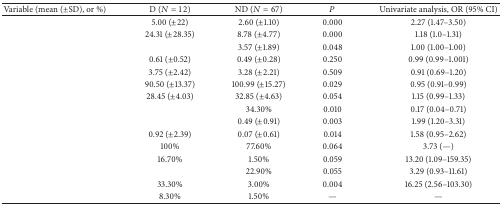
<table><thead><tr><td><b>Variable (mean (±SD), or %)</b></td><td><b>D (<i>N</i> = 12)</b></td><td><b>ND (<i>N</i> = 67)</b></td><td><b><i>P</i></b></td><td><b>Univariate analysis, OR (95% CI)</b></td></tr></thead><tbody><tr><td>[EMPTY_CELL]</td><td>5.00 (±22)</td><td>2.60 (±1.10)</td><td>0.000</td><td>2.27 (1.47–3.50)</td></tr><tr><td>[EMPTY_CELL]</td><td>24.31 (±28.35)</td><td>8.78 (±4.77)</td><td>0.000</td><td>1.18 (1.0–1.31)</td></tr><tr><td>[EMPTY_CELL]</td><td>[EMPTY_CELL]</td><td>3.57 (±1.89)</td><td>0.048</td><td>1.00 (1.00–1.00)</td></tr><tr><td>[EMPTY_CELL]</td><td>0.61 (±0.52)</td><td>0.49 (±0.28)</td><td>0.250</td><td>0.99 (0.99–1.001)</td></tr><tr><td>[EMPTY_CELL]</td><td>3.75 (±2.42)</td><td>3.28 (±2.21)</td><td>0.509</td><td>0.91 (0.69–1.20)</td></tr><tr><td>[EMPTY_CELL]</td><td>90.50 (±13.37)</td><td>100.99 (±15.27)</td><td>0.029</td><td>0.95 (0.91–0.99)</td></tr><tr><td>[EMPTY_CELL]</td><td>28.45 (±4.03)</td><td>32.85 (±4.63)</td><td>0.054</td><td>1.15 (0.99–1.33)</td></tr><tr><td>[EMPTY_CELL]</td><td>[EMPTY_CELL]</td><td>34.30%</td><td>0.010</td><td>0.17 (0.04–0.71)</td></tr><tr><td>[EMPTY_CELL]</td><td>[EMPTY_CELL]</td><td>0.49 (±0.91)</td><td>0.003</td><td>1.99 (1.20–3.31)</td></tr><tr><td>[EMPTY_CELL]</td><td>0.92 (±2.39)</td><td>0.07 (±0.61)</td><td>0.014</td><td>1.58 (0.95–2.62)</td></tr><tr><td>[EMPTY_CELL]</td><td>100%</td><td>77.60%</td><td>0.064</td><td>3.73 (—)</td></tr><tr><td>[EMPTY_CELL]</td><td>16.70%</td><td>1.50%</td><td>0.059</td><td>13.20 (1.09–159.35)</td></tr><tr><td>[EMPTY_CELL]</td><td>[EMPTY_CELL]</td><td>22.90%</td><td>0.055</td><td>3.29 (0.93–11.61)</td></tr><tr><td>[EMPTY_CELL]</td><td>33.30%</td><td>3.00%</td><td>0.004</td><td>16.25 (2.56–103.30)</td></tr><tr><td>[EMPTY_CELL]</td><td>8.30%</td><td>1.50%</td><td>—</td><td>—</td></tr></tbody></table>